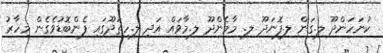
ކުނަހަންދޫ ލ.ގަން ލ.ފޮނަދޫ ލ. މާމެންދޫ ލ.މާވައް އަދި ލ.ހިތަދޫގައި ފެންބޮޑުވެގެން މިހާރު